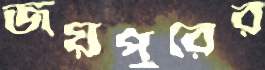
জয়পুরের